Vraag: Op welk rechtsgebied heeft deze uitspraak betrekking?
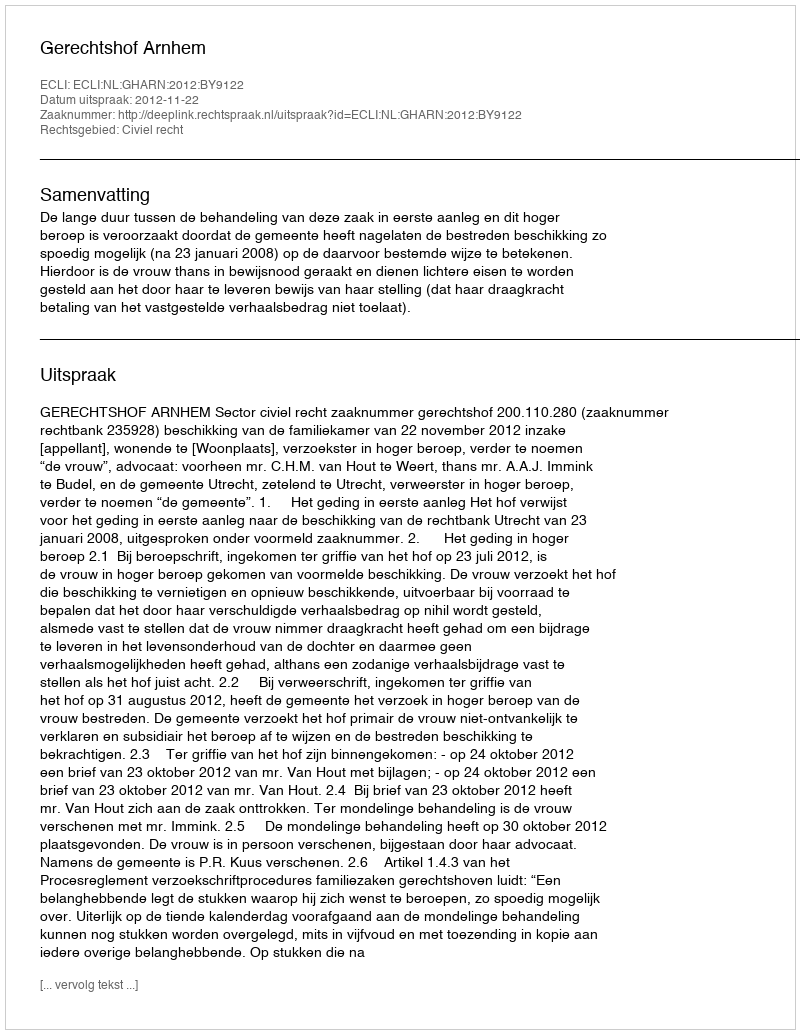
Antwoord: Civiel recht